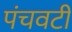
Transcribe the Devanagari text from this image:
पंचवटीं